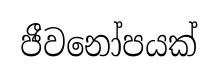
ජීවනෝපයක්